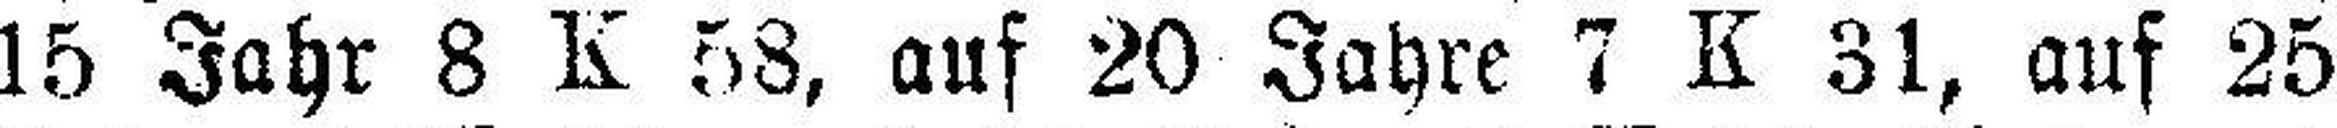
15 Jahr 8 K 58, auf 20 Jahre 7 K 31, auf 25